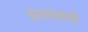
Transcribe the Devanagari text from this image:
जंगलासाठी